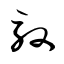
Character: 馭